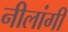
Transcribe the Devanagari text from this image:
नीलांगी